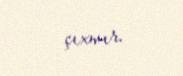
çıxmır.